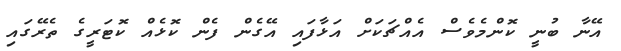
އޭނާ ބުނީ ކޮންމެވެސް އެއްޗަކަށް އަޅާފައި އޭގެން ފެން ކޮޅެއް ކޮޓަރީގެ ތެރޭގައި